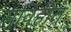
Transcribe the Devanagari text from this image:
सुविहीत